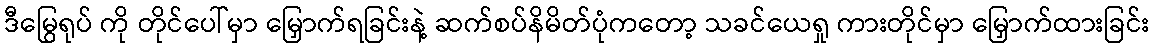
ဒီမြွေရုပ် ကို တိုင်ပေါ်မှာ မြှောက်ရခြင်းနဲ့ ဆက်စပ်နိမိတ်ပုံကတော့ သခင်ယေရှု ကားတိုင်မှာ မြှောက်ထားခြင်း